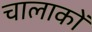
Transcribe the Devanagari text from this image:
चालाकों